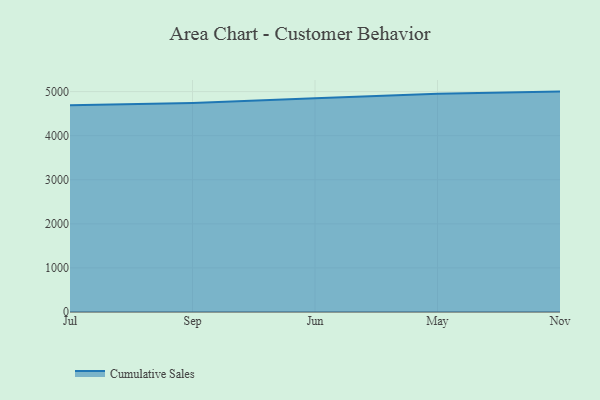
{"axis": {"x": "Month", "y": "Backlog"}, "legend": ["Cumulative Sales"], "data": [{"x": "Jul", "y": 4687.9, "type": "Cumulative Sales"}, {"x": "Sep", "y": 4744.1, "type": "Cumulative Sales"}, {"x": "Jun", "y": 4846.7, "type": "Cumulative Sales"}, {"x": "May", "y": 4949.1, "type": "Cumulative Sales"}, {"x": "Nov", "y": 5000, "type": "Cumulative Sales"}]}